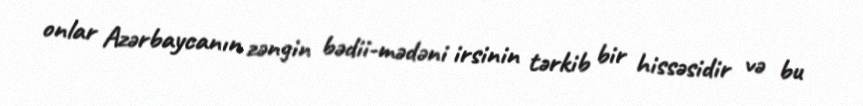
onlar Azərbaycanın zəngin bədii-mədəni irsinin tərkib bir hissəsidir və bu